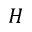
H